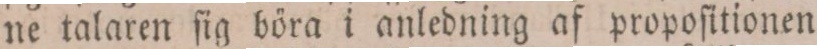
ne talaren ſig böra i anledning af propoſitionen